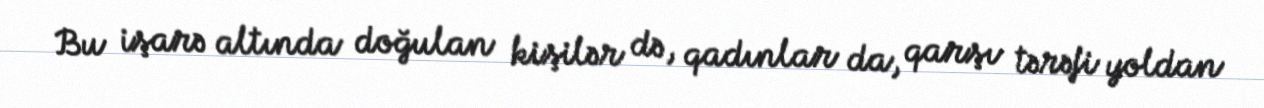
Bu işarə altında doğulan kişilər də, qadınlar da, qarşı tərəfi yoldan